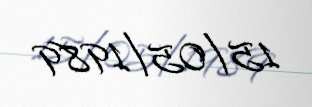
15/05/1989